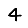
Digit: 4